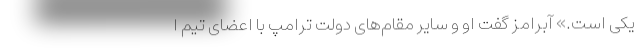
یکی است.» آبرامز گفت او و سایر مقام‌های دولت ترامپ با اعضای تیم ا